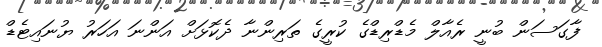
ފާގަސަން ބުނީ ރެއާލް މެޑްރިޑްގެ ކުރީގެ ތަރިންނާ ދެކޮޅަށް އަންނަ އަހަރު ޔުނައިޓެޑް